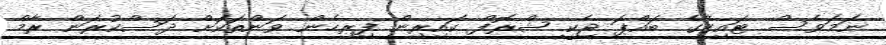
ނަމަވެސް ޓައިގާގެ ބައްޕަ ޖެކީ ޝްރޮފް ކައިރިން ފިރިހެން ވަންތަކަށް ދަސްކުރަން ރާމް